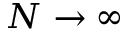
N \rightarrow \infty